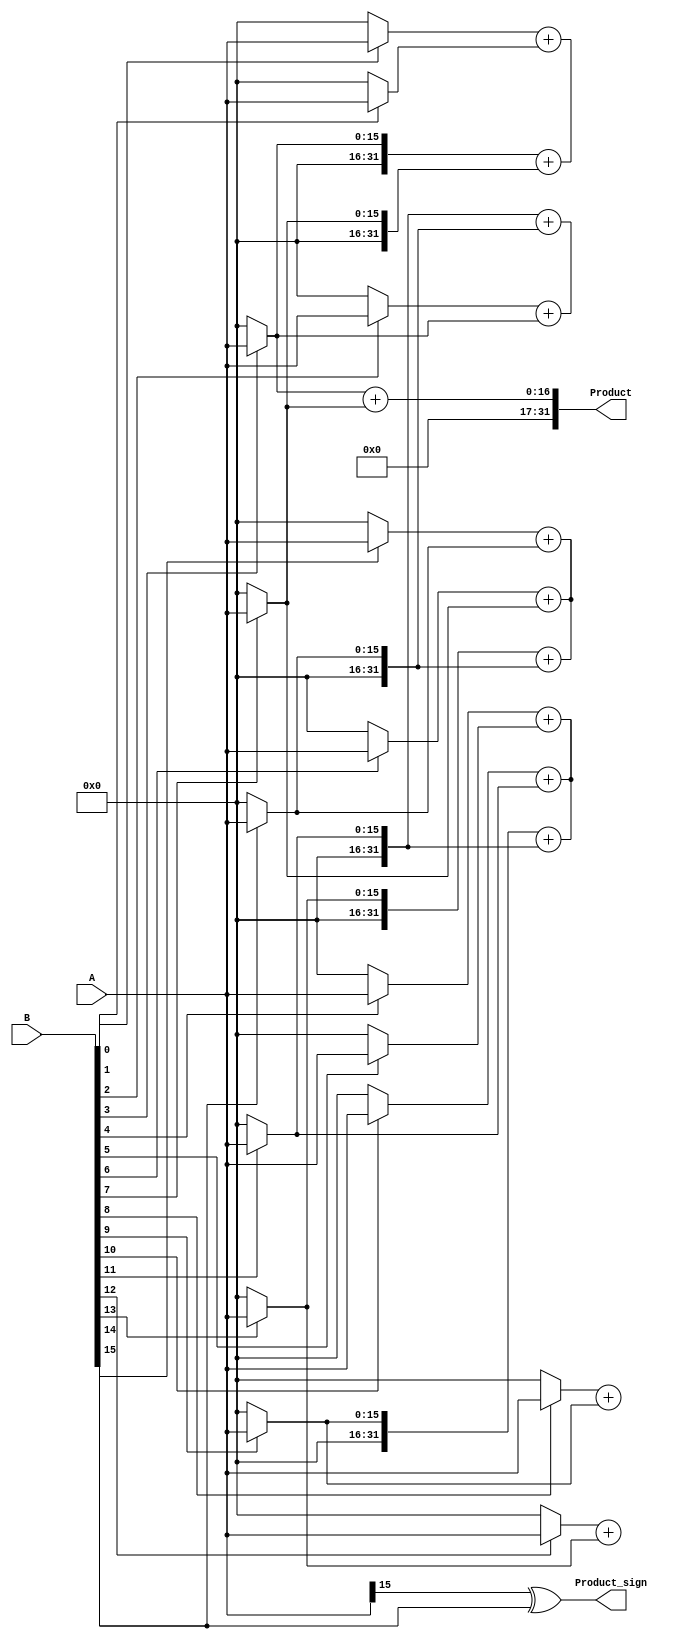
module WallaceTreeMultiplier #(
    parameter N = 16,  // Bit-width of operand A
    parameter M = 16   // Bit-width of operand B
)(
    input signed [N-1:0] A,         // First fixed-point operand
    input signed [M-1:0] B,         // Second fixed-point operand
    output reg signed [N+M-1:0] Product, // Fixed-point product output
    output reg Product_sign          // Sign bit of the resultant product
);

    // Internal signals
    wire [N-1:0] partial_products[M-1:0];
    wire [N+M-1:0] sum[2*N-1:0];  // Intermediate sums
    wire [N+M-1:0] carry[2*N-1:0]; // Carry bits
    wire [N+M-1:0] final_sum;
    wire [N+M-1:0] final_carry;

    // Partial Product Generation
    genvar i;
    generate
        for (i = 0; i < M; i = i + 1) begin: pp_generation
            assign partial_products[i] = (B[i] ? A : {N{1'b0}});
        end
    endgenerate

    // Wallace Tree Reduction Logic
    // First level: Combine pairs of partial products
    generate
        for (i = 0; i < M; i = i + 1) begin: wallace_tree_stage1
            if (i % 2 == 0 && i + 1 < M) begin
                assign {carry[i/2], sum[i/2]} = partial_products[i] + partial_products[i + 1];
            end else if (i % 2 == 1) begin
                assign sum[(i-1)/2] = partial_products[i];
                assign carry[(i-1)/2] = 0;
            end
        end
    endgenerate

    // Additional levels to reduce to 2 sums
    // This structure needs to be expanded for deeper levels.
    // Here we assume a simple binary tree reduction for demonstration.
    
    // Second level
    generate
        for (i = 0; i < (M+1)/2; i = i + 1) begin: wallace_tree_stage2
            if (i % 2 == 0 && i + 1 < (M+1)/2) begin
                assign {carry[i/2], sum[i/2]} = sum[i] + sum[i + 1];
            end else if (i % 2 == 1) begin
                assign sum[(i-1)/2] = sum[i];
                assign carry[(i-1)/2] = 0;
            end
        end
    endgenerate

    // Final addition
    assign {final_carry, final_sum} = sum[0] + (M > 1 ? sum[1] : {N+M{1'b0}});

    // Sign handling
    always @(*) begin
        // Determine product sign
        Product_sign = A[N-1] ^ B[M-1];
        // Assign the final product
        Product = final_sum[N+M-1:0];
        
        // Adjust for overflow if necessary (this is a simplistic check)
        if (final_carry != 0) begin
            Product = {Product_sign, {N+M-1{1'b0}}}; // Example overflow handling
        end
    end

endmodule